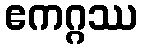
ဧကဂ္ဂဿ